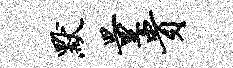
默量贵